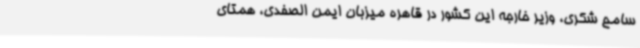
سامح شکری، وزیر خارجه این کشور در قاهره میزبان ایمن الصفدی، همتای